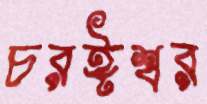
চরঈশ্বর